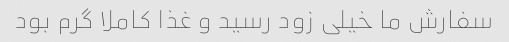
سفارش ما خیلی زود رسید و غذا کاملا گرم بود